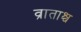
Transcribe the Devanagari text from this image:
व्राताश्च